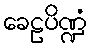
ခေဠပိဏ္ဍံ